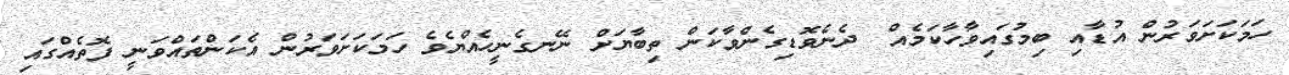
ހަމަކަށަވަރުން އުޑާއި ބިމުގައިވާހާކަމެއް  ދެނެވޮޑިގެންވާކަން ތިބާޔަށް ނޭނގެނީހެއްޔެވެ ހަމަކަށަވަރުން އެކަންތައްވަނީ ފޮތެއްގައި